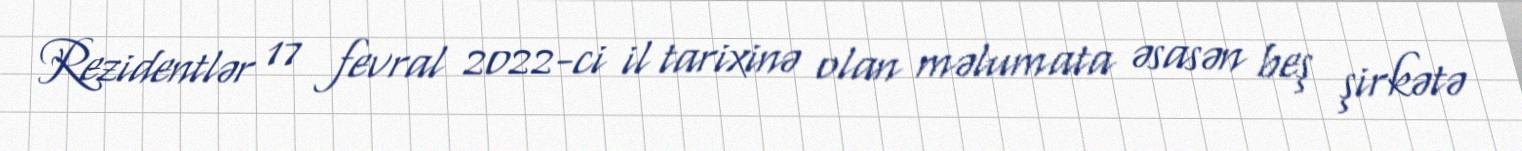
Rezidentlər 17 fevral 2022-ci il tarixinə olan məlumata əsasən beş şirkətə